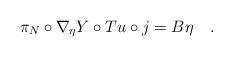
LaTeX: \begin{align*}\pi_N \circ \nabla_\eta Y \circ Tu \circ j = B \eta \quad.\end{align*}